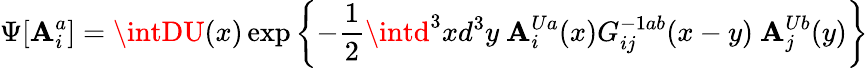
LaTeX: \Psi[\mathbf{A}_{i}^{a}]=\intDU(x)\exp\left\{ -{\frac{{1}}{{2}}}\intd^{3}xd^{3}y\ \mathbf{A}_{i}^{Ua}(x)G_{ij}^{-1ab}(x-y)\ \mathbf{A}_{j}^{Ub}(y)\right\}